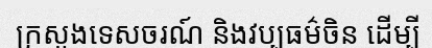
ក្រសួងទេសចរណ៍ និងវប្បធម៌ចិន ដើម្បី